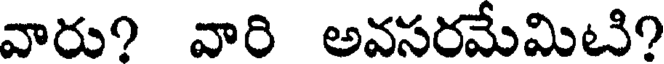
వారు? వారి అవసరమేమిటి?